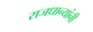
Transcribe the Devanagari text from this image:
राजधान्यांनी